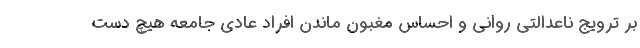
بر ترویج ناعدالتی روانی و احساس مغبون ماندن افراد عادی جامعه هیچ دست